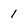
Character: 1